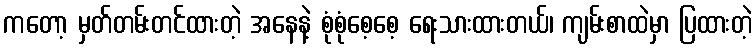
ကတော့ မှတ်တမ်းတင်ထားတဲ့ အနေနဲ့ စုံစုံစေ့စေ့ ရေးသားထားတယ်၊ ကျမ်းစာထဲမှာ ပြထားတဲ့